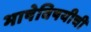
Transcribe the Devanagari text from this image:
भाषेविषयीची